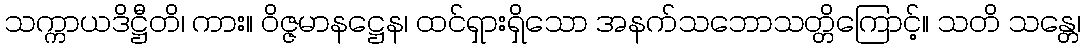
သက္ကာယဒိဋ္ဌီတိ၊ ကား။ ဝိဇ္ဇမာနဋ္ဌေန၊ ထင်ရှားရှိသော အနက်သဘောသတ္တိကြောင့်။ သတိ သန္တေ၊